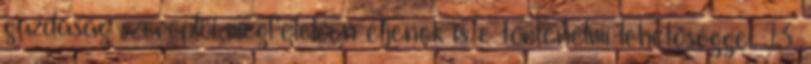
gazdaság szereplői megfelelően éljenek is e történelmi lehetőséggel. 13.